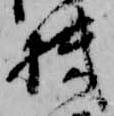
機